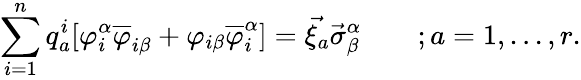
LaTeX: \sum_{i=1}^{n}q_{a}^{i}[\varphi_{i}^{\alpha}\overline{{{\varphi}}}_{i\beta}+\varphi_{i\beta}\overline{{{\varphi}}}_{i}^{\alpha}]=\vec{\xi_{a}}\vec{\sigma}_{\beta}^{\alpha}\qquad;a=1,...,r.